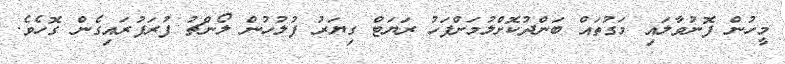
މީހުން ފޮނުވާލައި މަގުތައް ބަންދުކޮށްލުމަށްފަހު ރަޔަޓް ގިޔަރު ފުލުހުން ލޯންޗު ފުރަފުރައިގެން ގޮހެވެ.